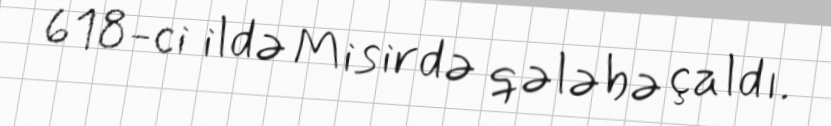
618-ci ildə Misirdə qələbə çaldı.